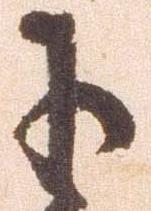
于